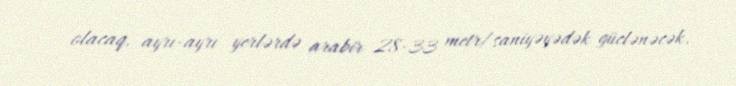
olacaq, ayrı-ayrı yerlərdə arabir 28-33 metr/saniyəyədək güclənəcək.